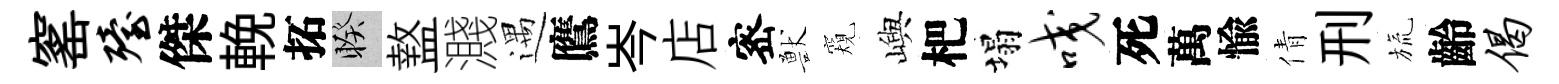
窰殪傑輓拓睽盩濺遇鷹岑店宻獸窺嶼杷塌咬死萬愉倩刑旒齡偈